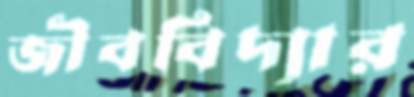
জীববিদ্যার